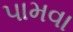
પામવા